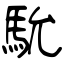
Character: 馻